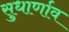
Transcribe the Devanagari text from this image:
सुधार्णाव